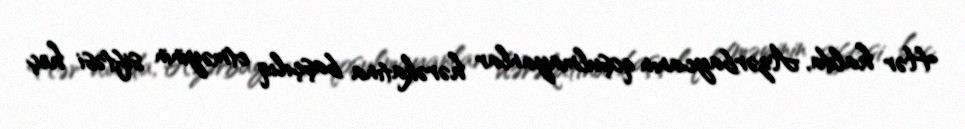
Hər halda, Azərbaycanın qoşulmayanlar hərəkatına başçılıq etməyinin siftəsi heç